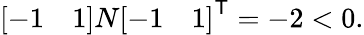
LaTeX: {\left[\begin{array}{ll}{-1}&{1}\end{array}\right]}N{\left[\begin{array}{ll}{-1}&{1}\end{array}\right]}^{\textsf{T}}=-2<0.